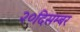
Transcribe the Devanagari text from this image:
२०दिसम्बर